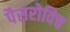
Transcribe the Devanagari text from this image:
पैसरोविच